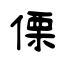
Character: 傈